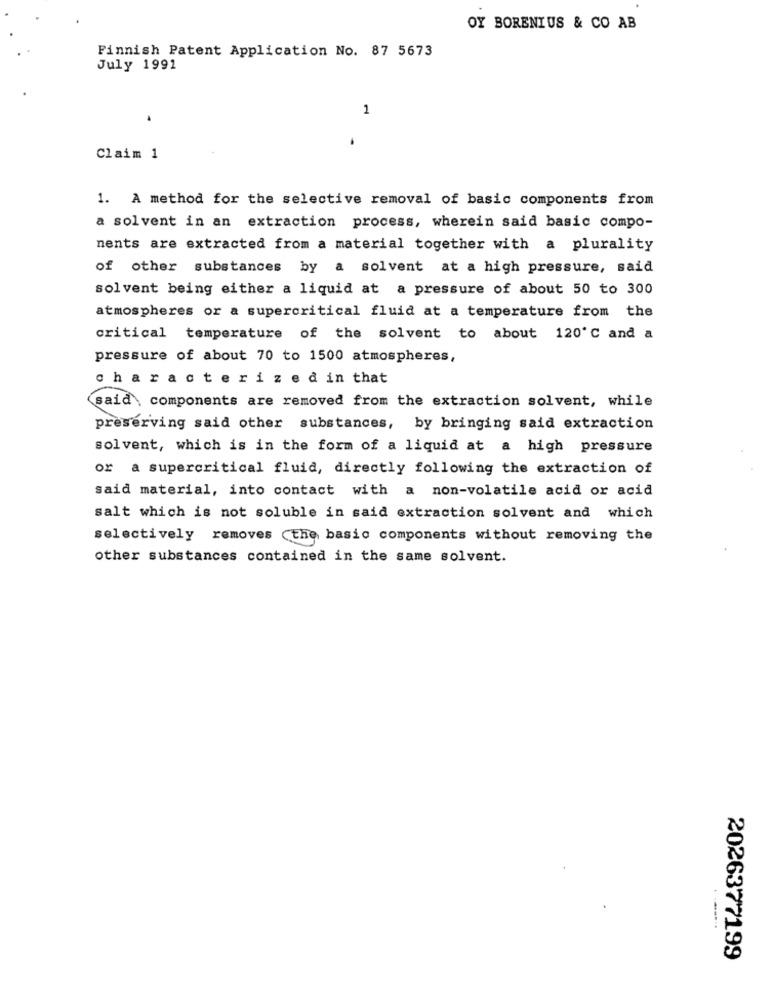
OY BORENIUS & CO AB
Finnish Patent Application No. 87 5673
July 1991
1
Claim 1
1. A method for the selective removal of basic components from
a solvent in an extraction process, wherein said basic compo-
nents are extracted from a material together with a plurality
of other substances by a solvent at a high pressure, said
solvent being either a liquid at a pressure of about 50 to 300
atmospheres or a supercritical fluid at a temperature from the
critical temperature of the solvent to about 120℃ and a
pressure of about 70 to 1500 atmospheres,
characterized in that
said , components are removed from the extraction solvent, while
preserving said other substances, by bringing said extraction
solvent, which is in the form of a liquid at a high pressure
or a supercritical fluid, directly following the extraction of
said material, into contact with a non-volatile acid or acid
salt which is not soluble in said extraction solvent and which
selectively removes the basic components without removing the
other substances contained in the same solvent.
2026377199